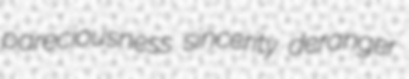
pareciousness sincerity deranger